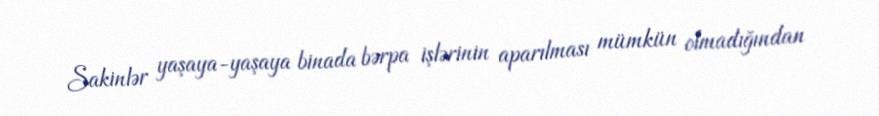
Sakinlər yaşaya-yaşaya binada bərpa işlərinin aparılması mümkün olmadığından